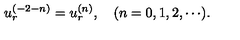
u _ { r } ^ { ( - 2 - n ) } = u _ { r } ^ { ( n ) } , \quad ( n = 0 , 1 , 2 , \cdots ) .